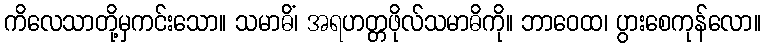
ကိလေသာတို့မှကင်းသော။ သမာဓိံ၊ အရဟတ္တဖိုလ်သမာဓိကို။ ဘာဝေထ၊ ပွားစေကုန်လော။